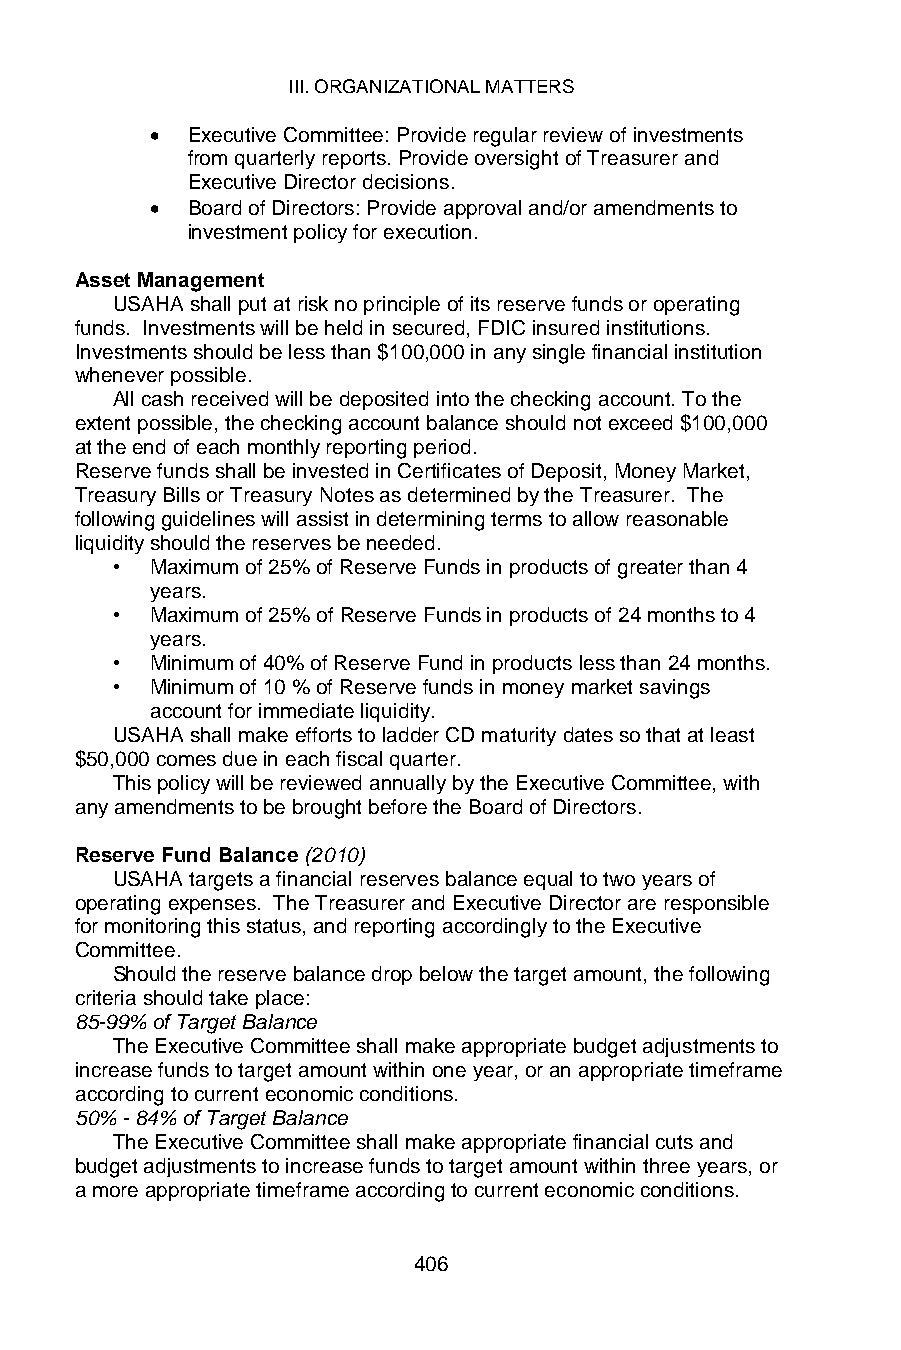
III. ORGANIZATIONAL MATTERS
 • Executive Committee: Provide regular review of investments
 from quarterly reports. Provide oversight of Treasurer and
 Executive Director decisions.
 • Board of Directors: Provide approval and/or amendments to
 investment policy for execution.
 Asset Management
 USAHA shall put at risk no principle of its reserve funds or operating
 funds. Investments will be held in secured, FDIC insured institutions.
 Investments should be less than $100,000 in any single financial institution
 whenever possible.
 All cash received will be deposited into the checking account. To the
 extent possible, the checking account balance should not exceed $100,000
 at the end of each monthly reporting period.
 Reserve funds shall be invested in Certificates of Deposit, Money Market,
 Treasury Bills or Treasury Notes as determined by the Treasurer. The
 following guidelines will assist in determining terms to allow reasonable
 liquidity should the reserves be needed.
 •  Maximum of 25% of Reserve Funds in products of greater than 4
 years.
 •  Maximum of 25% of Reserve Funds in products of 24 months to 4
 years.
 •  Minimum of 40% of Reserve Fund in products less than 24 months.
 •  Minimum of 10 % of Reserve funds in money market savings
 account for immediate liquidity.
 USAHA shall make efforts to ladder CD maturity dates so that at least
 $50,000 comes due in each fiscal quarter.
 This policy will be reviewed annually by the Executive Committee, with
 any amendments to be brought before the Board of Directors.
 Reserve Fund Balance (2010)
 USAHA targets a financial reserves balance equal to two years of
 operating expenses. The Treasurer and Executive Director are responsible
 for monitoring this status, and reporting accordingly to the Executive
 Committee.
 Should the reserve balance drop below the target amount, the following
 criteria should take place:
 85-99% of Target Balance
 The Executive Committee shall make appropriate budget adjustments to
 increase funds to target amount within one year, or an appropriate timeframe
 according to current economic conditions.
 50% - 84% of Target Balance
 The Executive Committee shall make appropriate financial cuts and
 budget adjustments to increase funds to target amount within three years, or
 a more appropriate timeframe according to current economic conditions.
 406